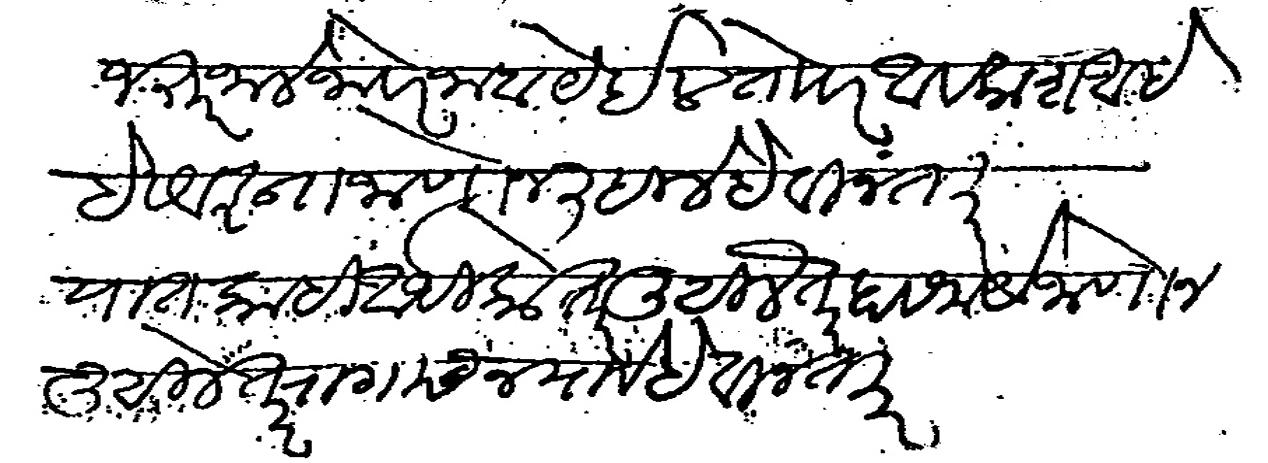
Transliteration (Devanagari): जरूर जाले जोवर जाब येईल तो वर अवकाश आहे हे आज्ञा जाणोन लिहीले हे विनती यात काही अधिकोतर लिहीले तर हा समये जाणोन लिहीले तर रागास न यावे ही विनती